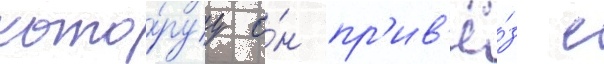
кото́руу о́н пр'ив'ё́з с